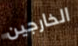
الخارجين